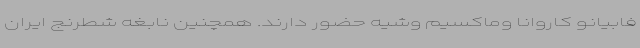
فابیانو کاروانا وماکسیم وشیه حضور دارند. همچنین نابغه شطرنج ایران